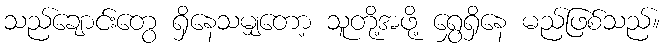
သည်ချောင်းတွေ ရှိနေသမျှတော့ သူတို့အဖို့ ရွှေရှိနေ မည်ဖြစ်သည်။